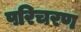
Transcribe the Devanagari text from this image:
परिचरण